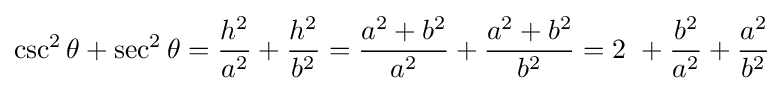
\csc ^{2}\theta +\sec ^{2}\theta ={\frac {h^{2}}{a^{2}}}+{\frac {h^{2}}{b^{2}}}={\frac {a^{2}+b^{2}}{a^{2}}}+{\frac {a^{2}+b^{2}}{b^{2}}}=2\ +{\frac {b^{2}}{a^{2}}}+{\frac {a^{2}}{b^{2}}}